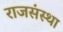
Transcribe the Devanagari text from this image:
राजसंस्था